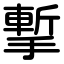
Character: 㨻